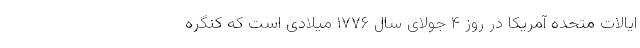
ایالات متحدهٔ آمریکا در روز ۴ جولای سال ۱۷۷۶ میلادی است که کنگره